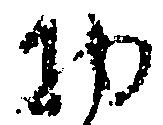
物